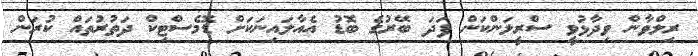
ރިލްވާން ވިދާޅުވީ ސްރީލަންކަން ފަދަ ބޭރުގެ ބޮޑު އެއާލައިނަކަށް ޑޮމެސްޓިކް ދަތުރުތައް ކުރަން